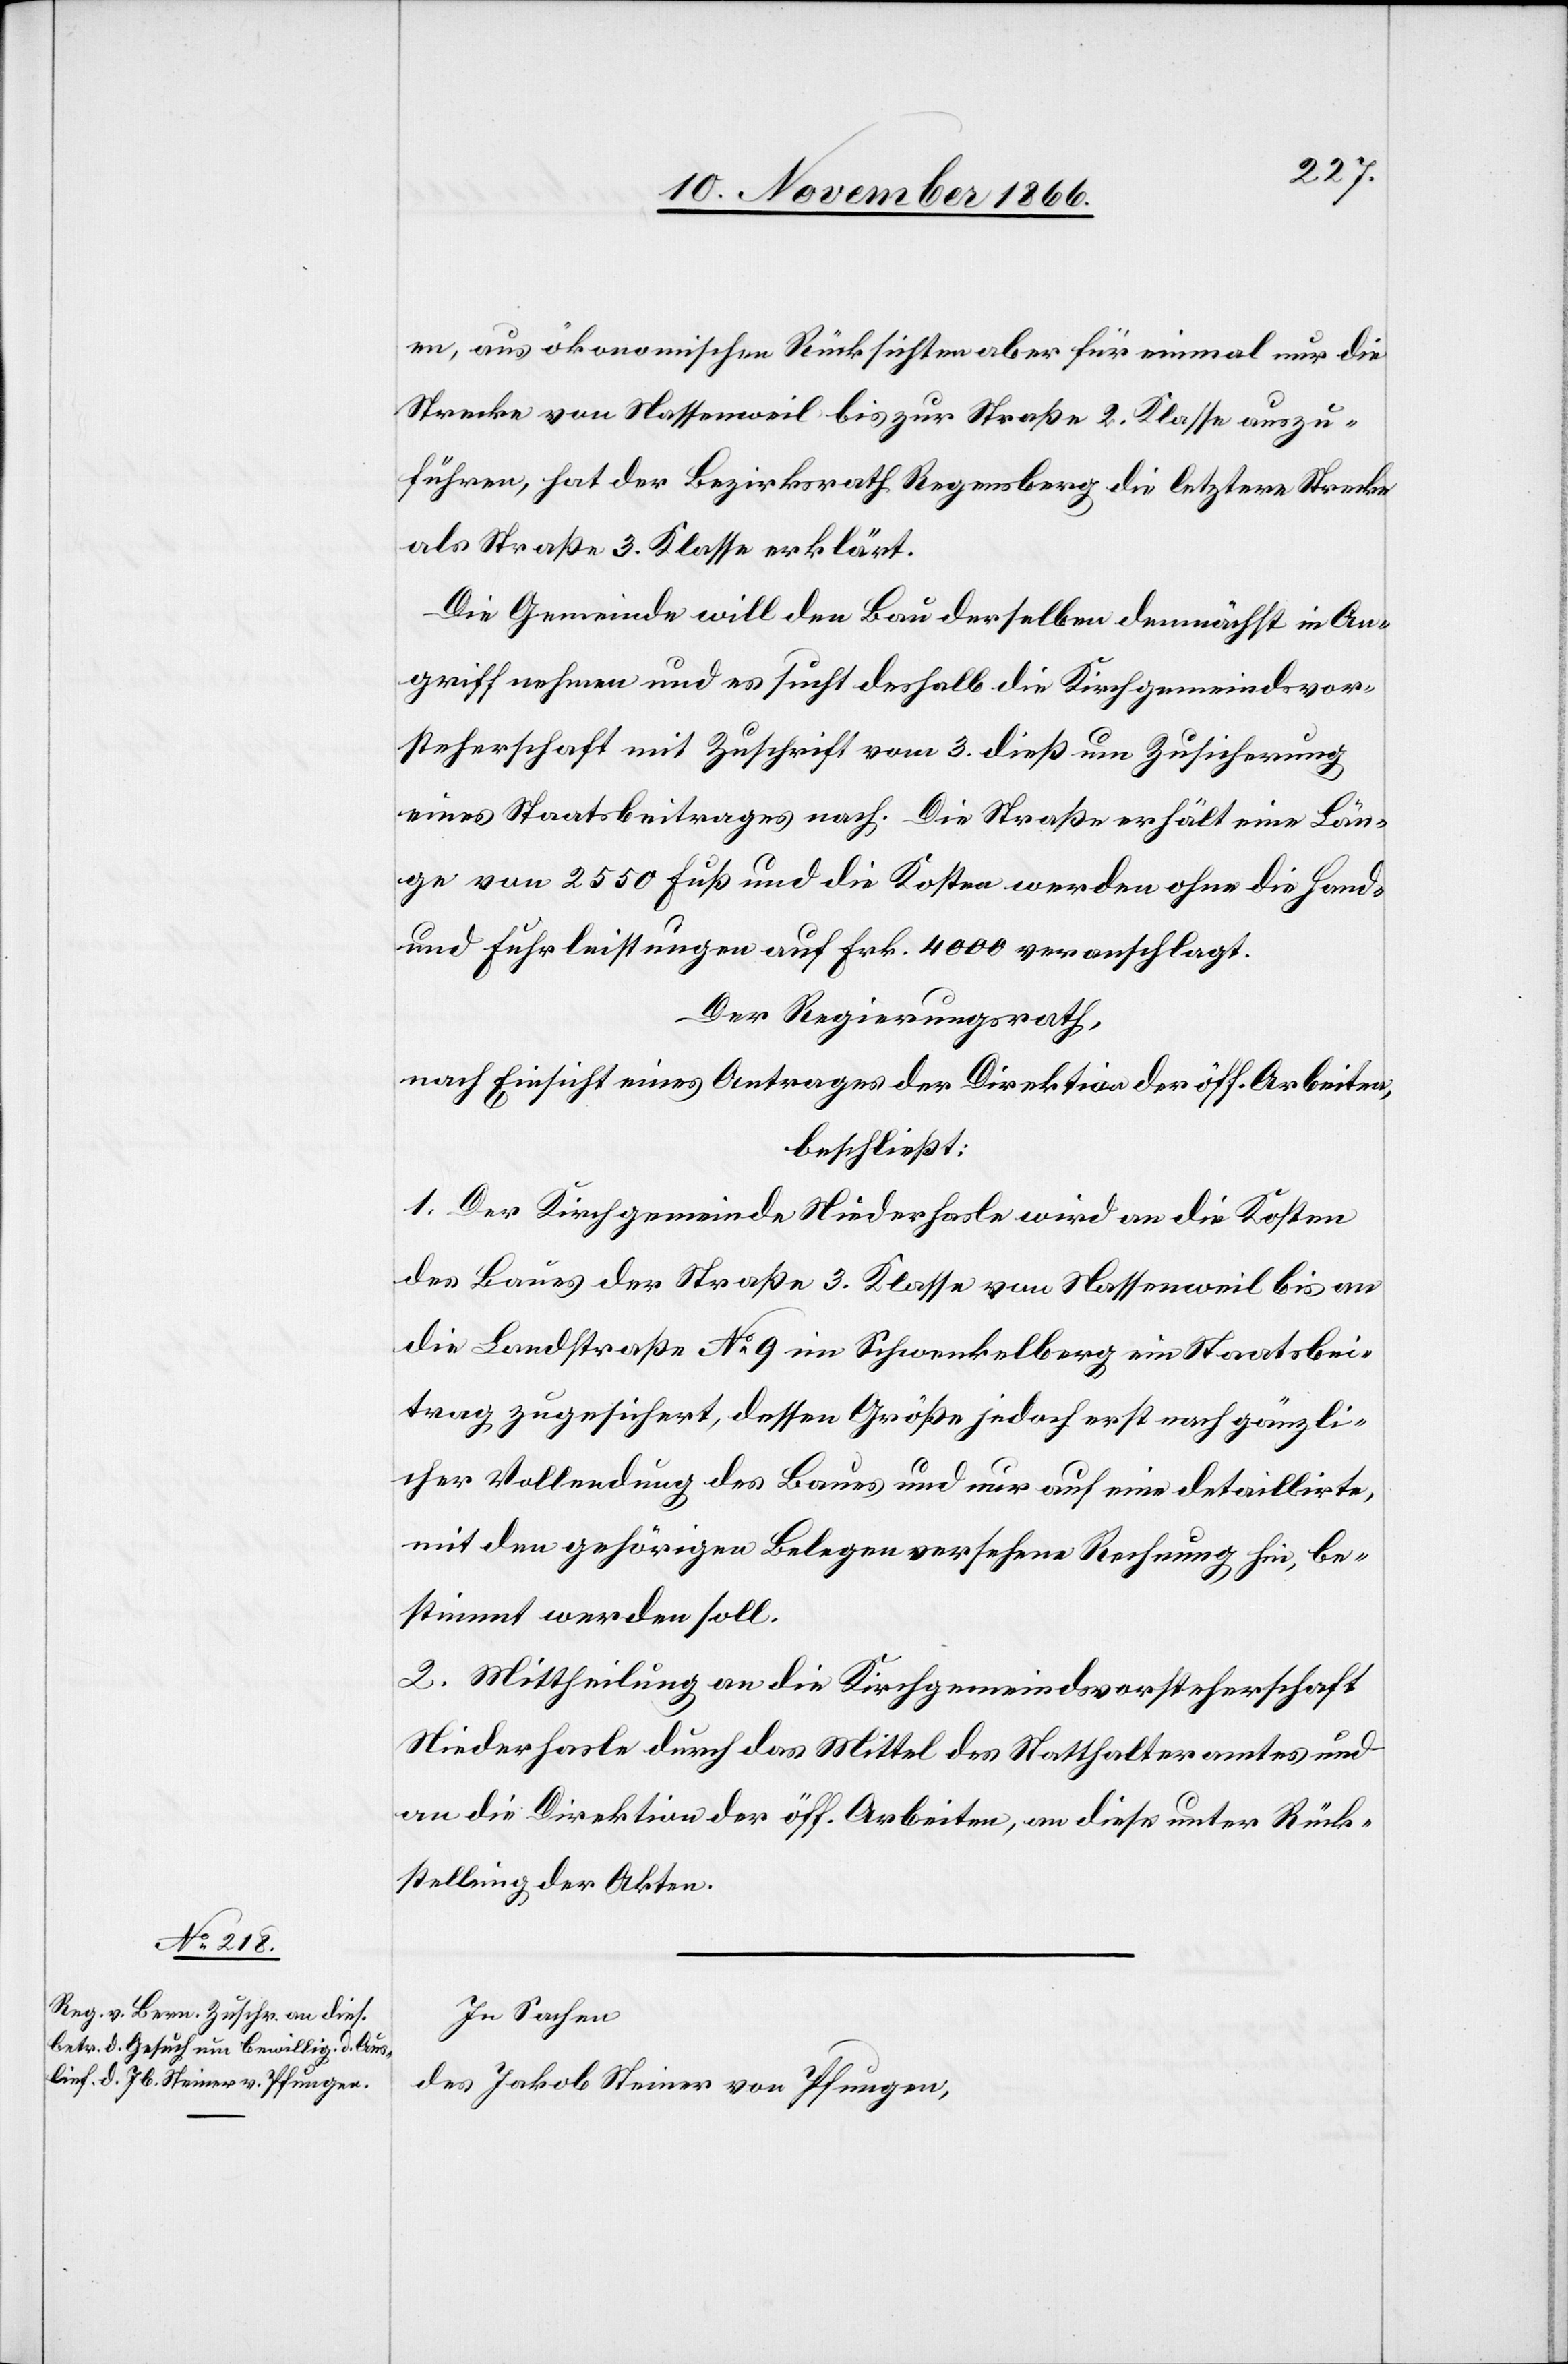
en, aus ökonomischen Rücksichten aber für einmal nur die
Strecke von Nassenweil bis zur Straße 2. Klasse auszu¬
führen, hat der Bezirksrath Regensberg die letztere Strecke
als Straße 3. Klasse erklärt.
Die Gemeinde will den Bau derselben demnächst in An¬
griff nehmen und es sucht deshalb die Kirchgemeindsvor¬
steherschaft mit Zuschrift vom 3. dieß um Zusicherung
eines Staatsbeitrages nach. Die Straße erhält eine Län¬
ge von 2550 Fuß und die Kosten werden ohne die Hand-
und Fuhrleistungen auf Frk. 4000 veranschlagt.
Der Regierungsrath,
nach Einsicht eines Antrages der Direktion der öff. Arbeiten,
beschließt:
1. Der Kirchgemeinde Niederhasle wird an die Kosten
des Baues der Straße 3. Klasse von Nassenweil bis an
die Landstraße No. 9 im Schwenkelberg ein Staatsbei¬
trag zugesichert, dessen Größe jedoch erst nach gänzli¬
cher Vollendung des Baues und nur auf eine detaillirte,
mit den gehörigen Belegen versehene Rechnung hin, be¬
stimmt werden soll.
2. Mittheilung an die Kirchgemeindsvorsteherschaft
Niederhasle durch das Mittel des Statthalteramtes und
an die Direktion der öff. Arbeiten, an diese unter Rück¬
stellung der Akten.
In Sachen
des Jakob Steiner von Pfungen,